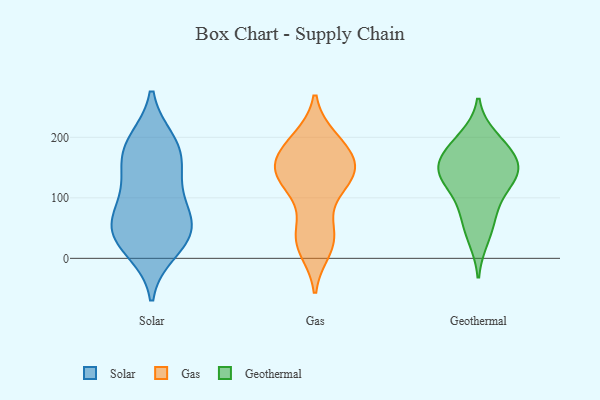
{"axis": {"x": "Page Views", "y": "Value"}, "legend": ["Gas", "Geothermal", "Solar"], "data": [{"x": "", "y": 25, "type": "Solar"}, {"x": "", "y": 192, "type": "Solar"}, {"x": "", "y": 13, "type": "Solar"}, {"x": "", "y": 193, "type": "Solar"}, {"x": "", "y": 136, "type": "Solar"}, {"x": "", "y": 81, "type": "Solar"}, {"x": "", "y": 167, "type": "Solar"}, {"x": "", "y": 48, "type": "Solar"}, {"x": "", "y": 42, "type": "Solar"}, {"x": "", "y": 107, "type": "Solar"}, {"x": "", "y": 47, "type": "Solar"}, {"x": "", "y": 166, "type": "Solar"}, {"x": "", "y": 67, "type": "Solar"}, {"x": "", "y": 187, "type": "Gas"}, {"x": "", "y": 196, "type": "Gas"}, {"x": "", "y": 191, "type": "Gas"}, {"x": "", "y": 54, "type": "Gas"}, {"x": "", "y": 16, "type": "Gas"}, {"x": "", "y": 138, "type": "Gas"}, {"x": "", "y": 186, "type": "Gas"}, {"x": "", "y": 123, "type": "Gas"}, {"x": "", "y": 152, "type": "Gas"}, {"x": "", "y": 33, "type": "Gas"}, {"x": "", "y": 159, "type": "Gas"}, {"x": "", "y": 122, "type": "Gas"}, {"x": "", "y": 146, "type": "Gas"}, {"x": "", "y": 117, "type": "Gas"}, {"x": "", "y": 33, "type": "Gas"}, {"x": "", "y": 151, "type": "Gas"}, {"x": "", "y": 25, "type": "Gas"}, {"x": "", "y": 144, "type": "Gas"}, {"x": "", "y": 145, "type": "Geothermal"}, {"x": "", "y": 199, "type": "Geothermal"}, {"x": "", "y": 63, "type": "Geothermal"}, {"x": "", "y": 157, "type": "Geothermal"}, {"x": "", "y": 180, "type": "Geothermal"}, {"x": "", "y": 185, "type": "Geothermal"}, {"x": "", "y": 143, "type": "Geothermal"}, {"x": "", "y": 140, "type": "Geothermal"}, {"x": "", "y": 138, "type": "Geothermal"}, {"x": "", "y": 33, "type": "Geothermal"}, {"x": "", "y": 84, "type": "Geothermal"}, {"x": "", "y": 115, "type": "Geothermal"}]}